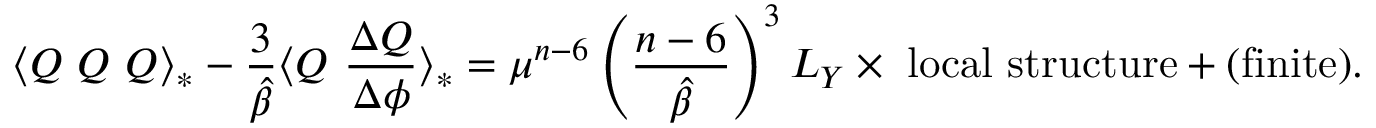
\langle Q ~ Q ~ Q \rangle _ { * } - \frac { 3 } { \hat { \beta } } \langle Q ~ \frac { \Delta Q } { \Delta \phi } \rangle _ { * } = \mu ^ { n - 6 } \left( \frac { n - 6 } { \hat { \beta } } \right) ^ { 3 } L _ { Y } \times \ \mathrm { l o c a l \ s t r u c t u r e } + ( \mathrm { f i n i t e } ) .